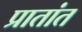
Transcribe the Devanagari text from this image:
प्रातांत